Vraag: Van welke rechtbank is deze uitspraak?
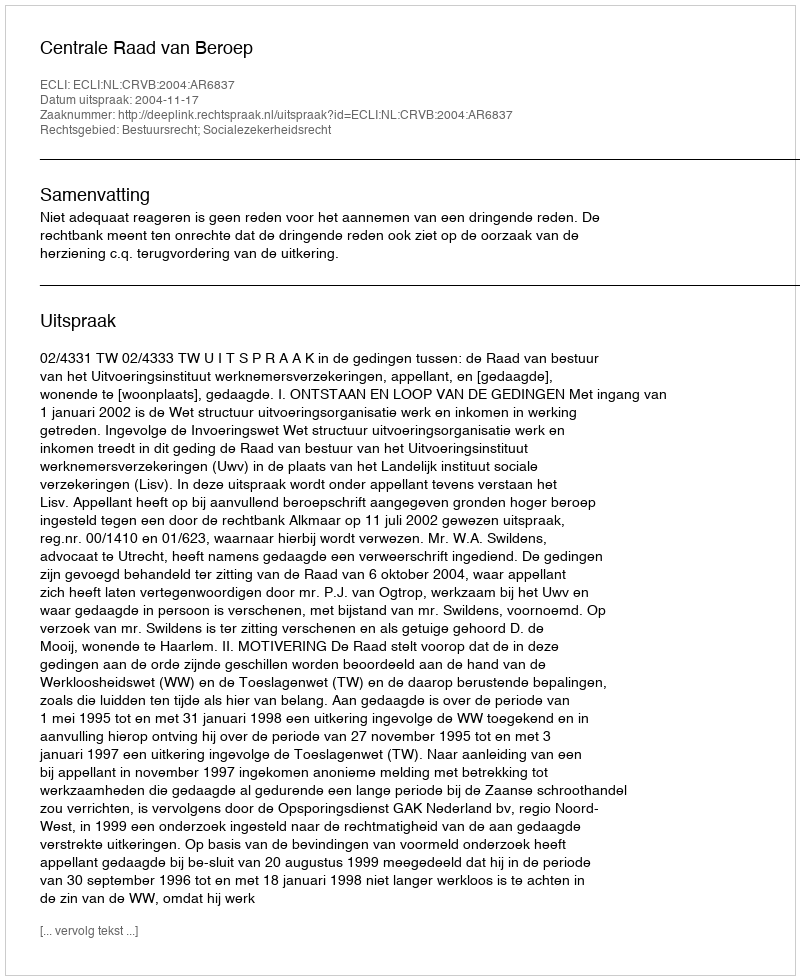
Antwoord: Centrale Raad van Beroep